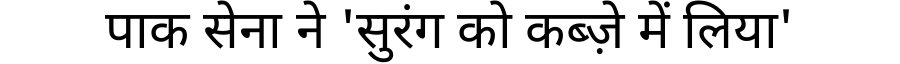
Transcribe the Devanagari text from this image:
पाक सेना ने 'सुरंग को कब्ज़े में लिया'